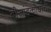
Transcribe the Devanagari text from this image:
बीजांडकोषांची